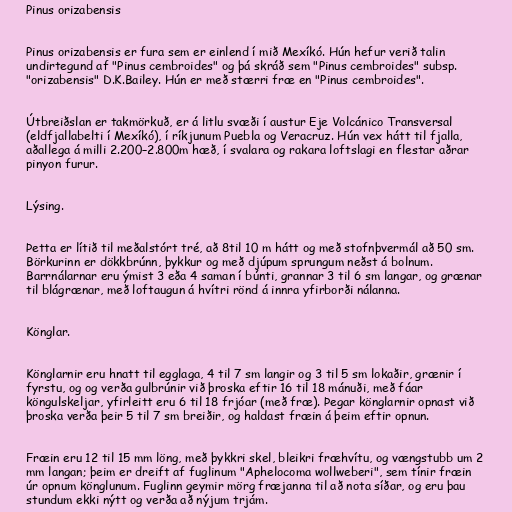
Pinus orizabensis

Pinus orizabensis er fura sem er einlend í mið Mexíkó. Hún hefur verið talin
undirtegund af "Pinus cembroides" og þá skráð sem "Pinus cembroides" subsp.
"orizabensis" D.K.Bailey. Hún er með stærri fræ en "Pinus cembroides".

Útbreiðslan er takmörkuð, er á litlu svæði í austur Eje Volcánico Transversal
(eldfjallabelti í Mexíkó), í ríkjunum Puebla og Veracruz. Hún vex hátt til fjalla,
aðallega á milli 2.200–2.800m hæð, í svalara og rakara loftslagi en flestar aðrar
pinyon furur.

Lýsing.

Þetta er lítið til meðalstórt tré, að 8til 10 m hátt og með stofnþvermál að 50 sm.
Börkurinn er dökkbrúnn, þykkur og með djúpum sprungum neðst á bolnum.
Barrnálarnar eru ýmist 3 eða 4 saman í búnti, grannar 3 til 6 sm langar, og grænar
til blágrænar, með loftaugun á hvítri rönd á innra yfirborði nálanna.

Könglar.

Könglarnir eru hnatt til egglaga, 4 til 7 sm langir og 3 til 5 sm lokaðir, grænir í
fyrstu, og og verða gulbrúnir við þroska eftir 16 til 18 mánuði, með fáar
köngulskeljar, yfirleitt eru 6 til 18 frjóar (með fræ). Þegar könglarnir opnast við
þroska verða þeir 5 til 7 sm breiðir, og haldast fræin á þeim eftir opnun.

Fræin eru 12 til 15 mm löng, með þykkri skel, bleikri fræhvítu, og vængstubb um 2
mm langan; þeim er dreift af fuglinum "Aphelocoma wollweberi", sem tínir fræin
úr opnum könglunum. Fuglinn geymir mörg fræjanna til að nota síðar, og eru þau
stundum ekki nýtt og verða að nýjum trjám.